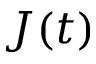
J ( t )